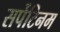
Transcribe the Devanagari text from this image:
सर्पेटिनम